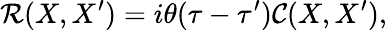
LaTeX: {\mathcal R}(X,X^{\prime})=i\theta(\tau-\tau^{\prime}){\mathcal C}(X,X^{\prime}),